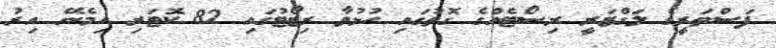
ފަސްތަރީގެ ލަގްޒަރީ ރިސޯޓެއްގެ ގޮތުގައި ހުޅުވާ ރިޒޯޓުގައި 82 ކޮޓަރި ހިމެނޭ އިރު